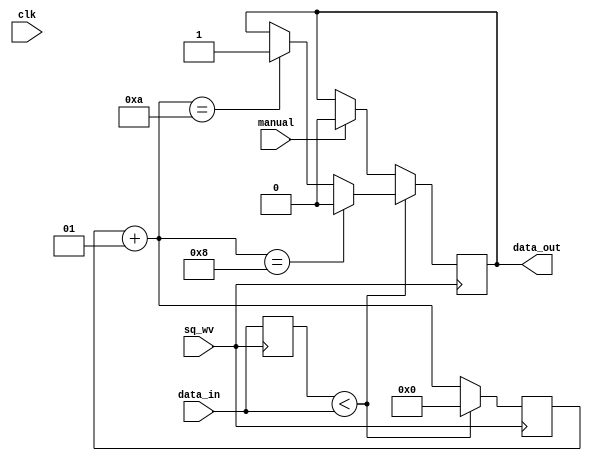
`timescale 1ns / 1ps

module freq_decode(
    input clk,
    input sq_wv,
    input data_in,
	 input manual,
    output reg data_out
	 );

	integer pulse_count;
	reg last_sq;
	reg last_data;
	
	initial begin
		pulse_count = 0;
		last_sq = 0;
		last_data = 0;
		data_out = 0;
	end
	
	always @(posedge sq_wv) begin
		pulse_count = pulse_count + 1;
		if (manual == 1) data_out <= 0;
		if(last_data<data_in) begin
			if(pulse_count==8) data_out<=0;
			/*else if(pulse_count==9) begin
				data_out<=data_out;
				end*/
			else if(pulse_count==10) data_out<=1;
			else data_out<=data_out;
			pulse_count = 0;
		end
		last_data <= data_in;
	end

endmodule